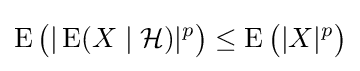
\operatorname {E} {\big (}|\operatorname {E} (X\mid {\mathcal {H}})|^{p}{\big )}\leq \operatorname {E} {\big (}|X|^{p}{\big )}